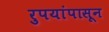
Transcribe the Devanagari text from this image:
रुपयांपासून